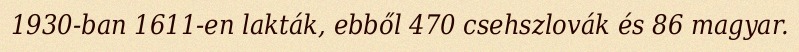
1930-ban 1611-en lakták, ebből 470 csehszlovák és 86 magyar.